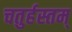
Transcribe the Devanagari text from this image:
चतुर्हस्तम्